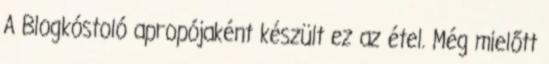
A Blogkóstoló apropójaként készült ez az étel. Még mielőtt